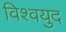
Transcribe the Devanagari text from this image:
विश्‍वयुद